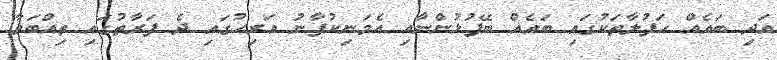
އަދި ބައެއް ހަފުލާތަކުގައި ބައެއް ބޭފުޅުންނާއި އެމަނިކުފާނު އަރިހުގައި ދެ ފަރާތުގައި ތިއްބަވާ